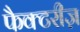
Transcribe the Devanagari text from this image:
फैक्टरीज़